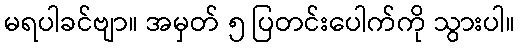
မရပါခင်ဗျာ။ အမှတ် ၅ ပြတင်းပေါက်ကို သွားပါ။